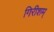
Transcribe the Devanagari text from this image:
गिरीशम्